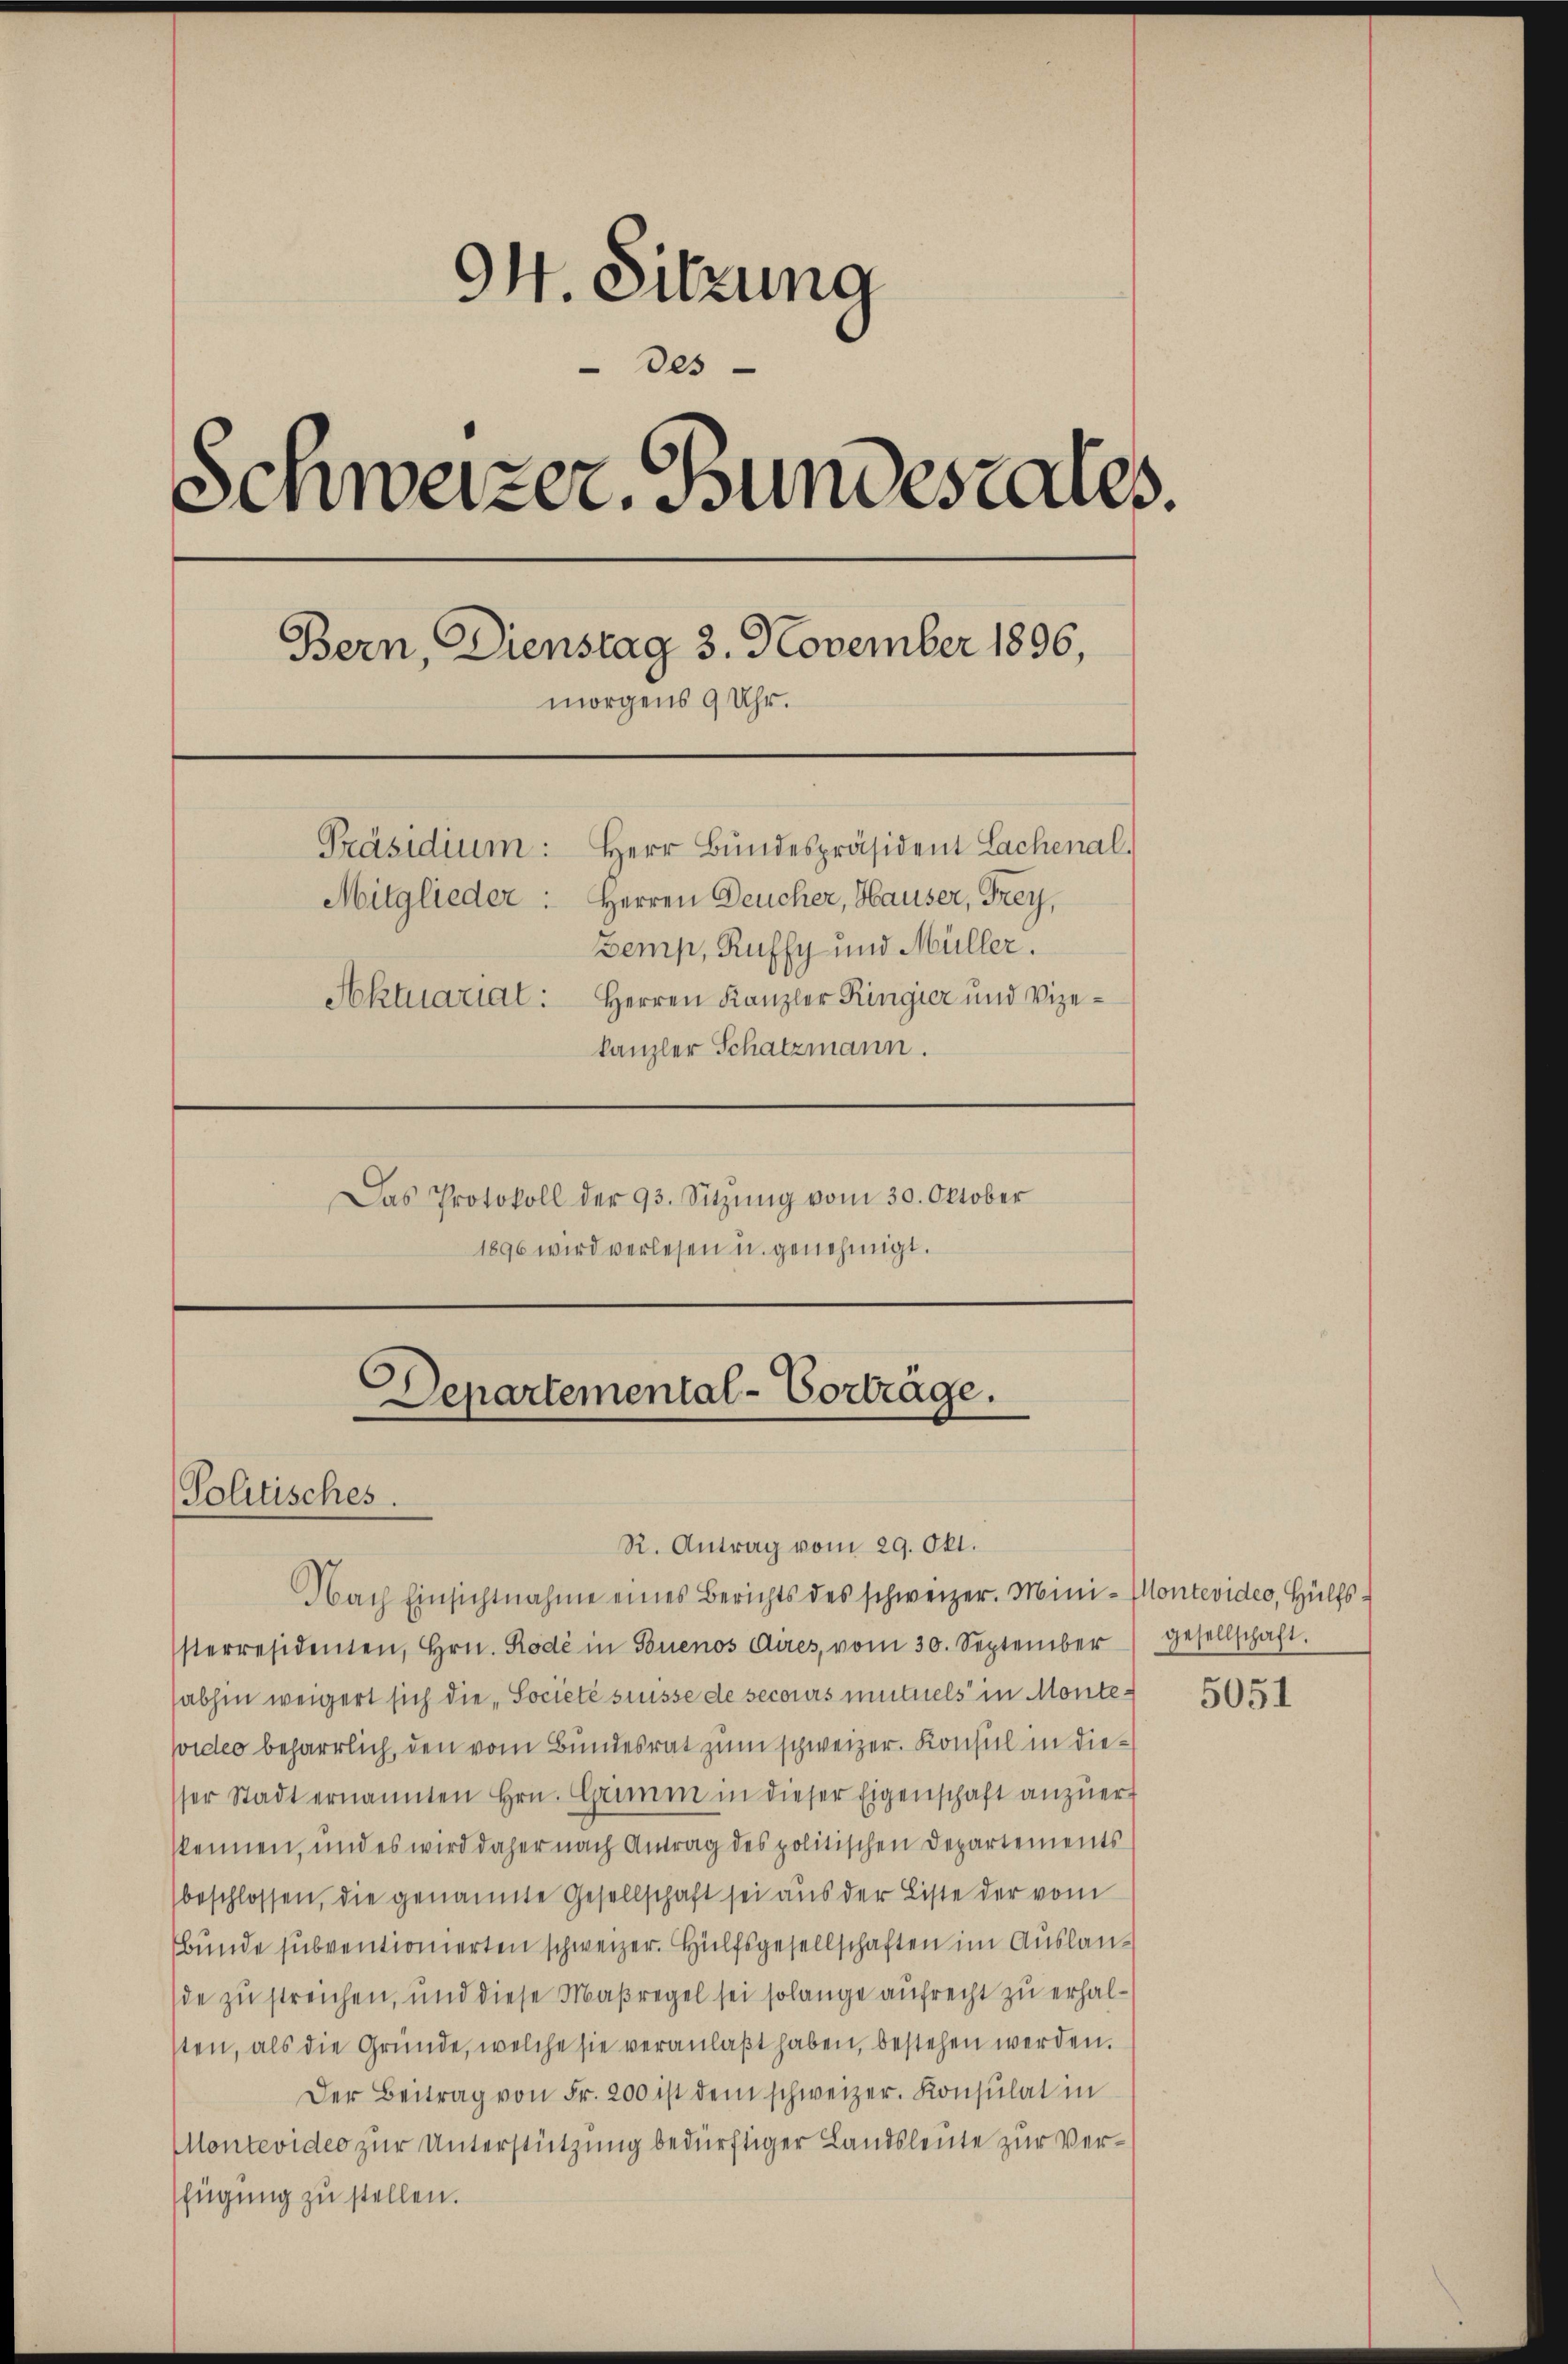
94. Sitzung
des
Schweizer. Bundesrates.
Bern, Dienstag 3. November 1896,
morgens 9 Uhr.
Präsidium:
Herr Bundespräsident Lachenal.
Mitglieder: Herren Deucher, Hauser, Frey,
Zemp, Ruffy und Müller.
Aktuariat: Herren Kanzler Ringier und Vize-
kanzler Schatzmann.
Das Protokoll der 93. Sitzung vom 30. Oktober
1896 wird verlesen u. genehmigt.

Departemental-Vorträge.
Politisches.
R. Antrag vom 29. Okt.

Nach Einsichtnahme eines Berichts des schweizer. Mini-Montevideo, Hülfssterresidenten, Hrn. Rode in Buenos Aires, vom 30. September gesellschaft.
habhin weigert sich die „Societé suisse de secours mutuels in Montesider beharrlich, den vom Bundesrat zum schweizer. Konsul in diesser Stadt ernannten Hrn. Grimm in dieser Eigenschaft anzŭert
kennen, und es wird daher nach Antrag des politischen Departements
beschlossen, die genannte Gesellschaft sei aus der Liste der vom
bunde subventionierten schweizer. Hülfsgesellschaften im Auslande zu streichen, und diese Maßregel sei solange aufrecht zu erhalsten, als die Gründe, welche sie veranlaßt haben, bestehen werden.
Der Beitrag von Fr. 200 ist dem schweizer. Konsulat in
Montevideo zur Unterstützung bedürftiger Landsleute zur Verfügung zu stellen.

5051